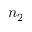
n _ { 2 }